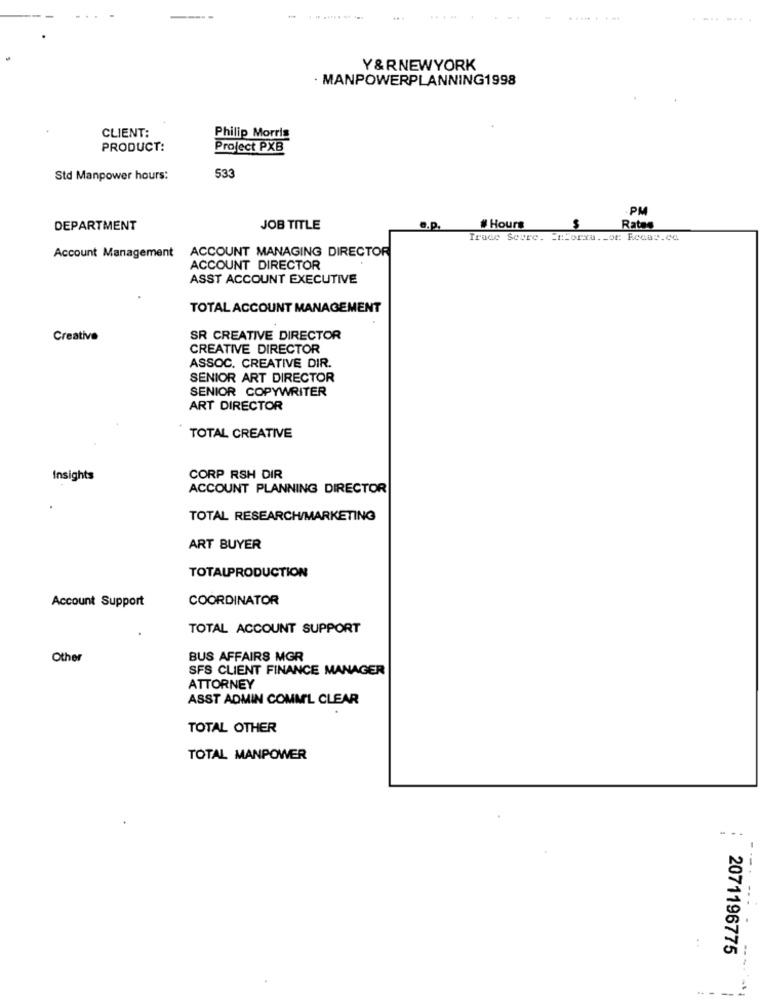
........
Y&RNEWYORK
· MANPOWERPLANNING1998
CLIENT:
Philip Morris
PRODUCT:
Project PXB
Std Manpower hours:
533
-PM
DEPARTMENT
JOB TITLE
2.P.
# Hours
Rates
Trace Score. = t:forma ._ of: Rcaav.ca
Account Management
ACCOUNT MANAGING DIRECTOR
ACCOUNT DIRECTOR
ASST ACCOUNT EXECUTIVE
TOTAL ACCOUNT MANAGEMENT
Creative
SR CREATIVE DIRECTOR
CREATIVE DIRECTOR
ASSOC. CREATIVE DIR.
SENIOR ART DIRECTOR
SENIOR COPYWRITER
ART DIRECTOR
TOTAL CREATIVE
Insights
CORP RSH DIR
ACCOUNT PLANNING DIRECTOR
TOTAL RESEARCH/MARKETING
ART BUYER
TOTALPRODUCTION
Account Support
COORDINATOR
TOTAL ACCOUNT SUPPORT
Other
BUS AFFAIRS MGR
SFS CLIENT FINANCE MANAGER
ATTORNEY
ASST ADMIN COMM'L CLEAR
TOTAL OTHER
TOTAL MANPOWER
2071196775